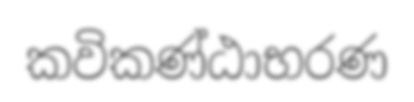
කවිකණ්ඨාභරණ